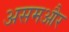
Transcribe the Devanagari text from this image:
असमऔर